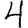
Digit: 4